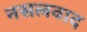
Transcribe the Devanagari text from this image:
नसलवाद